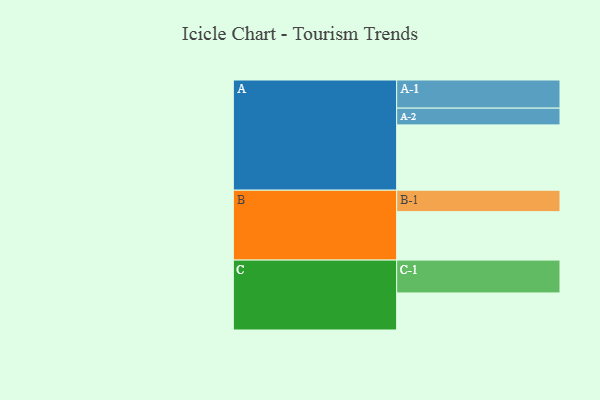
{"axis": {"x": "Segment", "y": "Value"}, "legend": ["", "A", "B", "C"], "data": [{"x": "A", "y": 585, "type": ""}, {"x": "B", "y": 434, "type": ""}, {"x": "C", "y": 332, "type": ""}, {"x": "A-1", "y": 252, "type": "A"}, {"x": "A-2", "y": 150, "type": "A"}, {"x": "B-1", "y": 192, "type": "B"}, {"x": "C-1", "y": 294, "type": "C"}]}